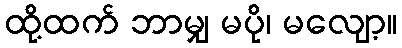
ထို့ထက် ဘာမျှ မပို၊ မလျော့။